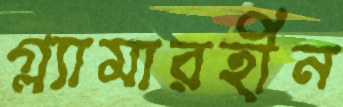
গ্ল্যামারহীন